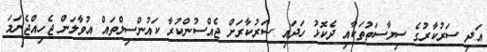
އަދި ސަރުކާރުގެ ސިޔާސަތުތަކާއި ދެކޮޅު ހަދައި ސަރުކާރަށް ޖެއްސުންކުރާ ކައުންސިލްތައް އުވާލަން ޖެހިއްޖެނަމަ